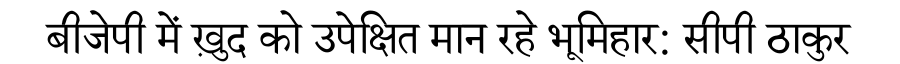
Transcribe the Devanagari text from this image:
बीजेपी में ख़ुद को उपेक्षित मान रहे भूमिहार: सीपी ठाकुर